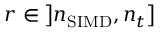
r \in \left] n _ { \mathrm { S I M D } } , n _ { t } \right]